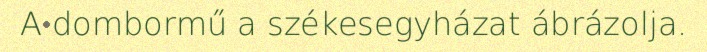
A dombormű a székesegyházat ábrázolja.